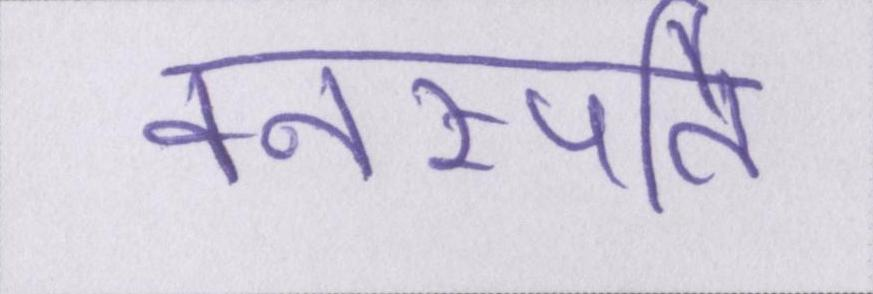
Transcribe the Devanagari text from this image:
वनस्पति